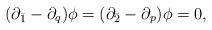
LaTeX: \begin{align*}(\partial_{\bar 1}-\partial_{q})\phi = (\partial_{\bar 2}-\partial_{p})\phi =0,\end{align*}